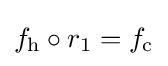
f_{\mathrm {h} }\circ r_{1}=f_{\mathrm {c} }